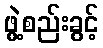
ဖွဲ့စည်းခွင့်